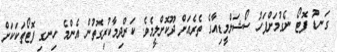
ގަނޑު ފޮޓޯ ނެގުމަށްފަހު ސޯޝަލްމީޑިއާގެ ތެރެއަށް ދޫކޮށްލީމެވެ. ކަންދިމާކުރިގޮތުން އެންމެ ހިނގި ފޮޓޯތަކަކަށް